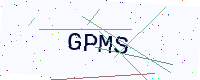
Text: GPMS